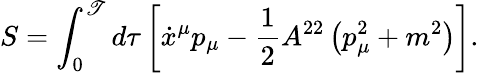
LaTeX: S=\int_{0}^{\mathscr{T}}d\tau\left[\dot{{x}}^{\mu}p_{\mu}-\frac{1}{2}A^{22}\left(p_{\mu}^{2}+m^{2}\right)\right].